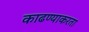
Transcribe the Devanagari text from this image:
काढण्याकरता